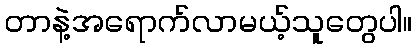
တာနဲ့အရောက်လာမယ့်သူတွေပါ။